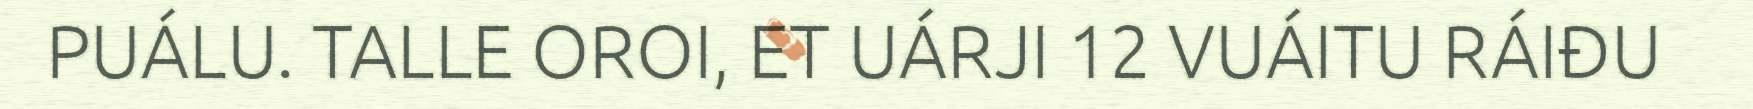
PUÁLU. TALLE OROI, ET UÁRJI 12 VUÁITU RÁIĐU